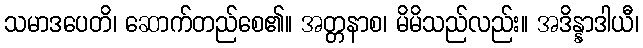
သမာဒပေတိ၊ ဆောက်တည်စေ၏။ အတ္တနာစ၊ မိမိသည်လည်း။ အဒိန္နာဒါယီ၊